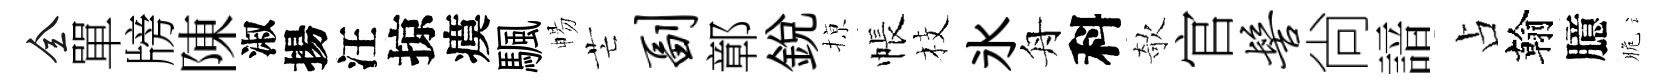
全單牓陳淑揚汪掠瘼颿暢芒副鄣銳𢱊帳枝氷舟科欹官髻尙諳占翰臆脆